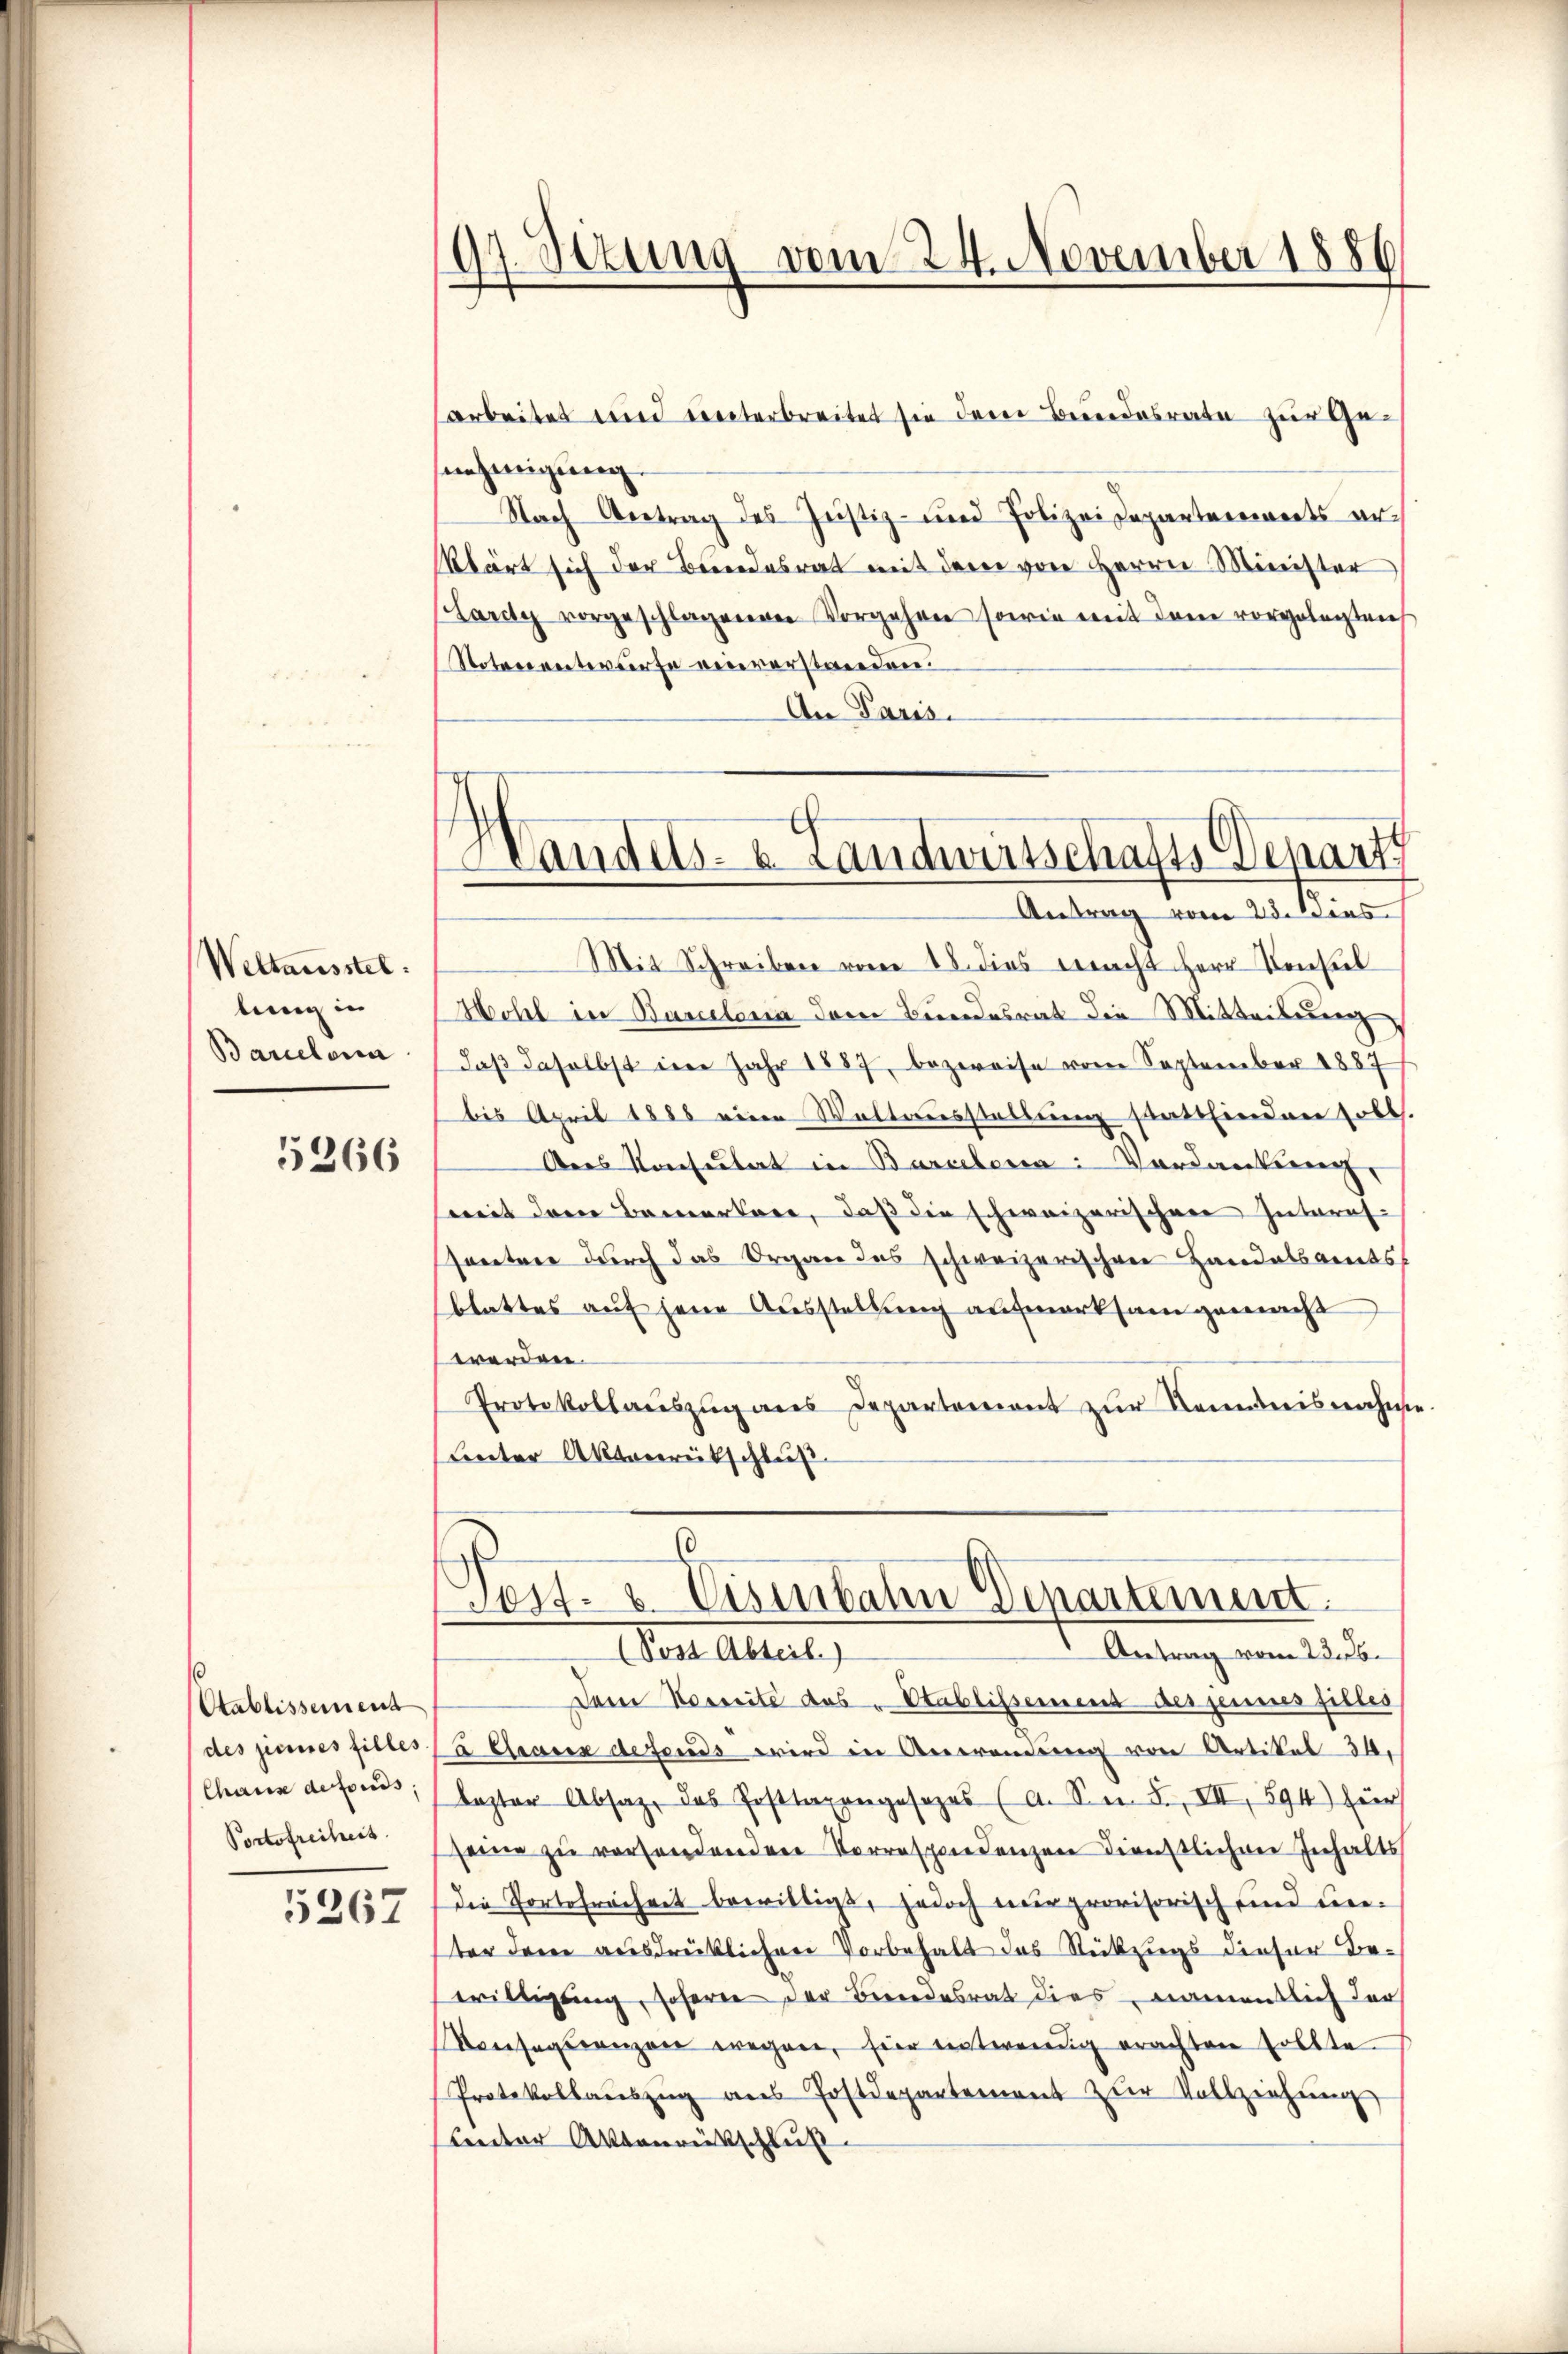
Weltausstel
lung in
Barcelona

5266

¬
Otablissement
des jenseres filles
Chaux defonds;
Portofreiheit.

5267

97. Situng vom 24. November 1886

arbeitet wird weiterbreitet sie dem Bundesrate zur Ge-
nehmigung.
Nach Antrag des Justiz- und Polizei Departements erklärt sich der Bundesrat mit dem von Herrn Minister
Lardy vorgeschlagenen Vorgehen sowie mit dem vorgelegten
Notarianterworfe veieverstanden.
An Paris.

Candels- u. Landwirtschafts-Depart

(
Post- u. Visibalen Denartement
 Antrag vom 23. 26.
Der Absat

Antrag vom 23. Dies
Mit Schreiben vom 18. dies macht Herr Konstel
Mohl in Barcelona dem Bundesrat die Mitteilung
daβ daselbst im Jahr 1887, bezweife vom September 1887
bis April 1888 eine Weltausstellung stattfinden soll.
Ars Konsulat in Barcelena: Verdankung,
mit dem Bemerkere, daß die schweizerischen Zuberuf
Ganten durch das Organ des schweizerischen Handelsamtsblattes auf jene Ausstellung aufmerksam gemacht
werden.
Protokollauszug aus Departariant zŭr Kenntnisnahme
Lereter Aktivereitschluß

Den Nossité des " Stablissement des jenes filles
a Eleaux defends wird in Anwendung von Artikel 24.
lezter Absatz, das Posttaxengesages (a. Se F. VII, 894) für
seine zŭ versendenden Vorrespondenzen dienstlichen Inhalts
die Tortefreiheit bewilligt, jedoch nur provisorisch und dieter der ausdrücklichen Vorbehalt das Rückzugs dieser Bewilligung, soferne der Bundesrat dies namentlich der
Versagerenzen wegen, hier entwendig erachten sollte
Protokollaŭszŭg ans Postdepartement zŭr Vollziehŭng
Centor Aktenrückschluß